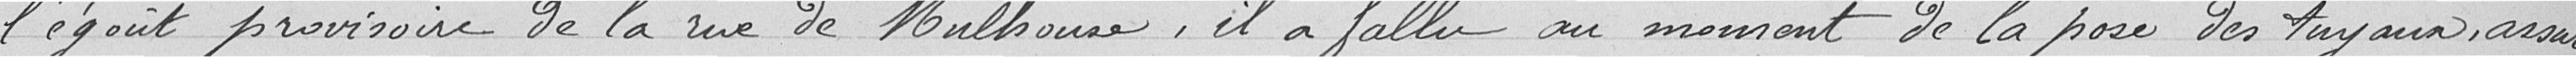
Lego provisoire de la rue de Mulhouse, il a fallu au moment de la pose des tuyaux, assurer